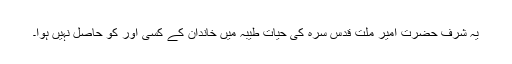
یہ شرف حضرت امیر ملّت قدس سرہ کی حیاتِ طیّبہ میں خاندان کے کسی اور کو حاصل نہیں ہوا۔